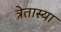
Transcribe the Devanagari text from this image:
त्रेतास्या